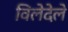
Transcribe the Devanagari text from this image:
विलेदेले